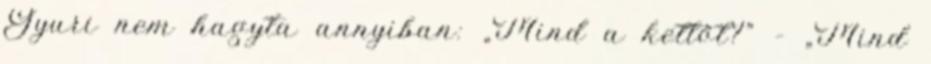
Gyuri nem hagyta annyiban: „Mind a kettőt?” – „Mind